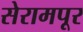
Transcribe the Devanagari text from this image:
सेरामपूर